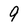
Character: 9